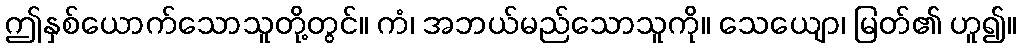
ဤနှစ်ယောက်သောသူတို့တွင်။ ကံ၊ အဘယ်မည်သောသူကို။ သေယျော၊ မြတ်၏ ဟူ၍။